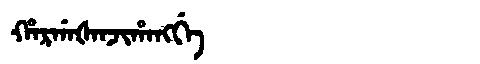
Manchu: ᡥᠠᡵᡤᠠᡧᠠᠨᠵᡳᡥᠠᠩᡤᡝ
Romanization: HARGAŠANJIHANGGE